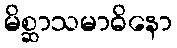
မိစ္ဆာသမာဓိနော